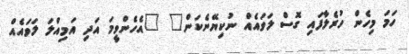
ހަމަ މިހެން ހުރެލާފައި ގޮސް ލަވައެއް ނުކިޔޭނެކަން" "އެހެންވީމަ އަދި އަމިއްލަ ލަވައެއް